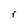
Character: r